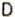
D